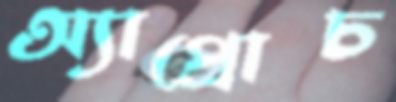
অ্যাপ্রোচ